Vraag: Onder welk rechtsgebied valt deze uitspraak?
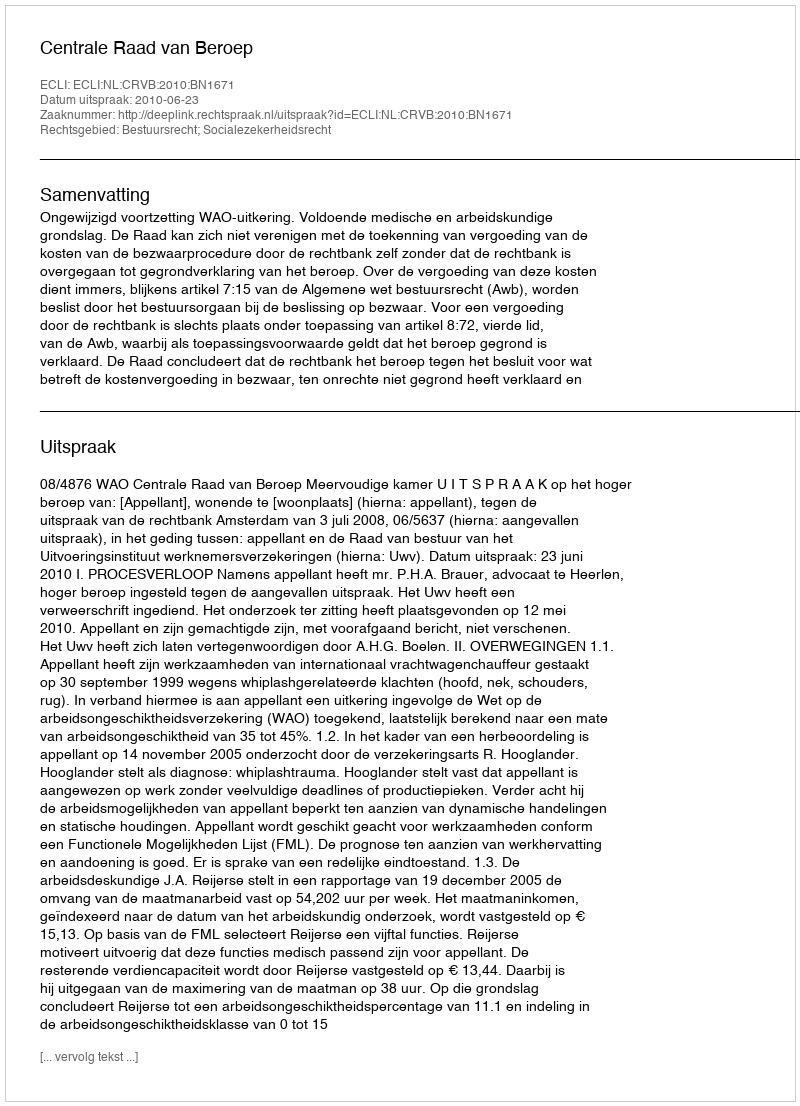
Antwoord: Bestuursrecht; Socialezekerheidsrecht